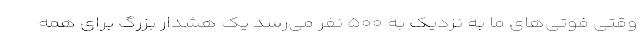
وقتی فوتی‌های ما به نزدیک به ۵۰۰ نفر می‌رسد یک هشدار بزرگ برای همه